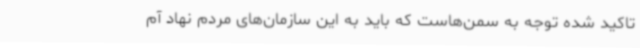
تاکید شده توجه به سمن‌هاست که باید به این سازمان‌های مردم نهاد آم